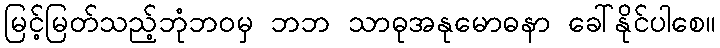
မြင့်မြတ်သည့်ဘုံဘဝမှ ဘဘ သာဓုအနုမောဓနာ ခေါ်နိုင်ပါစေ။